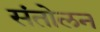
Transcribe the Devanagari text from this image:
संतोलन